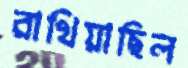
রাখিয়াছিল